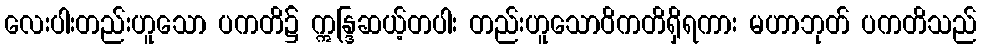
လေးပါးတည်းဟူသော ပကတိ၌ ဣန္ဒြဆယ့်တပါး တည်းဟူသောဝိကတိရှိရကား မဟာဘုတ် ပကတိသည်